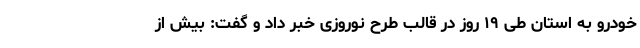
خودرو به استان طی ۱۹ روز در قالب طرح نوروزی خبر داد و گفت: بیش از